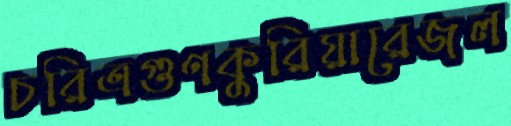
চরিত্রগুণকুরিয়ারেজল